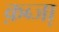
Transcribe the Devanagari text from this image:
क़ब्जा़